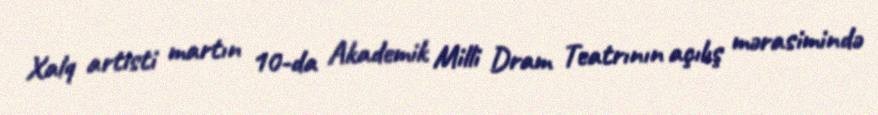
Xalq artisti martın 10-da Akademik Milli Dram Teatrının açılış mərasimində